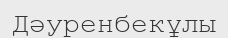
Дәуренбекұлы